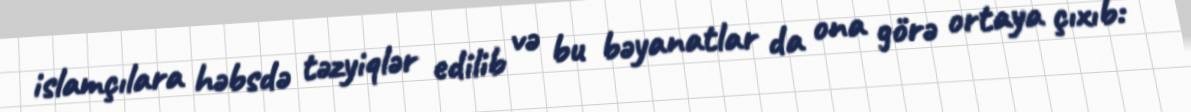
islamçılara həbsdə təzyiqlər edilib və bu bəyanatlar da ona görə ortaya çıxıb: